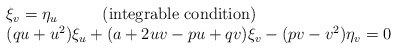
\begin{align*}\begin{array}{l} \xi_v = \eta_u \hspace{1cm} \mbox{ (integrable condition)}\\ ( q u + u^2 ) \xi_u + ( a + 2 u v - p u + q v ) \xi_v - ( p v - v^2 ) \eta_v = 0 \end{array}\end{align*}